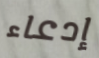
إدعاء